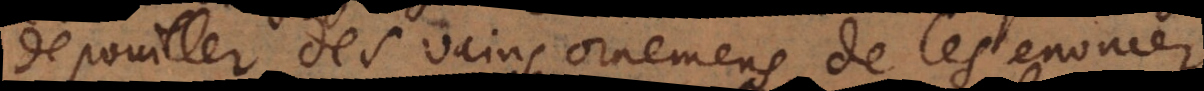
depouiller des vains ornemens, de les enoncer